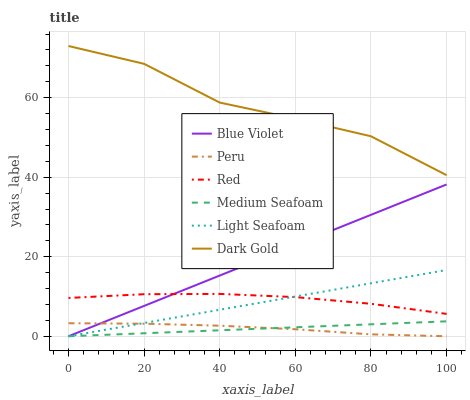
| xaxis_label | Blue Violet | Peru | Red | Medium Seafoam | Light Seafoam | Dark Gold |
 | --- | --- | --- | --- | --- | --- | --- |
 | 0 | 0 | 3.27 | 9.63 | 0 | 0 | 73 |
 | 20 | 7.64 | 3.16 | 10.6 | 0.751 | 3.33 | 68.5 |
 | 40 | 15.3 | 2.65 | 10.6 | 1.5 | 6.66 | 58.8 |
 | 60 | 22.9 | 1.76 | 9.85 | 2.25 | 9.99 | 54.7 |
 | 80 | 30.5 | 0.478 | 8.17 | 3 | 13.3 | 50.3 |
 | 100 | 38.2 | 0 | 5.62 | 3.75 | 16.7 | 40.5 |